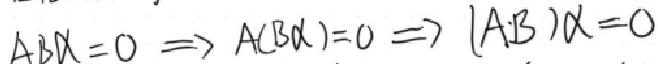
$AB\alpha = 0\Rightarrow A(B\alpha)=0\Rightarrow (AB)\alpha = 0$